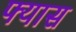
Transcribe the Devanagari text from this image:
फ्यास